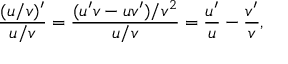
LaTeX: { \frac { ( u / v ) ^ { \prime } } { u / v } } = { \frac { ( u ^ { \prime } v - u v ^ { \prime } ) / v ^ { 2 } } { u / v } } = { \frac { u ^ { \prime } } { u } } - { \frac { v ^ { \prime } } { v } } ,